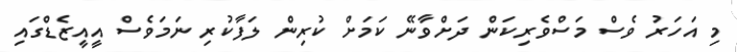
މި އަހަރު ވެސް މަސްވެރިކަން ދަށްވާނޭ ކަމަށް ކުރިން ލަފާކުރި ނަމަވެސް އީއީޒެޑްގައި